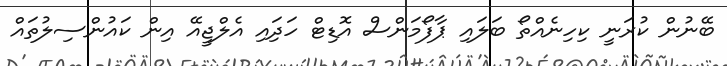
ބޭނުން ކުރަނީ ކިހިނެއްތޯ ބަލައި ޕާފޯމަންސް އޮޑިޓް ހަދަިއި އެލްޖީއޭ އިން ކައުންސިލުތައް